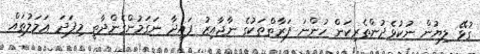
ގުޅޭ ލިޔުން ނުކުޅެދުންތެރިކަން ހުންނަ ފަރާތްތަކުގެ ނާޖާއިޒު ފައިދާ ނަގަމުންގެންދާތީ މިފަދަ ޢަމަލުތައް